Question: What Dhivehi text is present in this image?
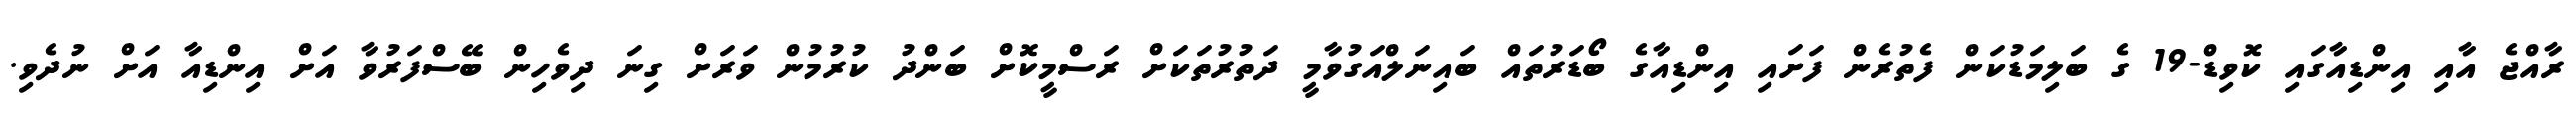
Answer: ރާއްޖެ އާއި އިންޑިއާގައި ކޮވިޑް-19 ގެ ބަލިމަޑުކަން ފެތުރެން ފަށައި އިންޑިއާގެ ބޯޑަރުތައް ބައިނަލްއަގުވާމީ ދަތުރުތަކަށް ރަސްމީކޮށް ބަންދު ކުރުމުން ވަރަށް ގިނަ ދިވެހިން ބޭސްފަރުވާ އަށް އިންޑިއާ އަށް ނުދެވި.